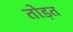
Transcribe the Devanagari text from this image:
तोड़त